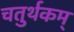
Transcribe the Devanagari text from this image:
चतुर्थकम्